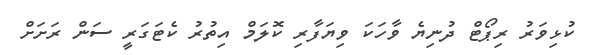
ކުޅިވަރު ރިޕޯޓް ދުނިޔެ ވާހަކަ ވިޔަފާރި ކޮލަމް އިތުރު ކެޓަގަރީ ސަން ރަށަށް